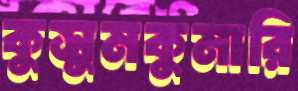
কুসুমকুমারি